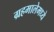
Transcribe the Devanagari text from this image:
ग्रहमालेमध्ये